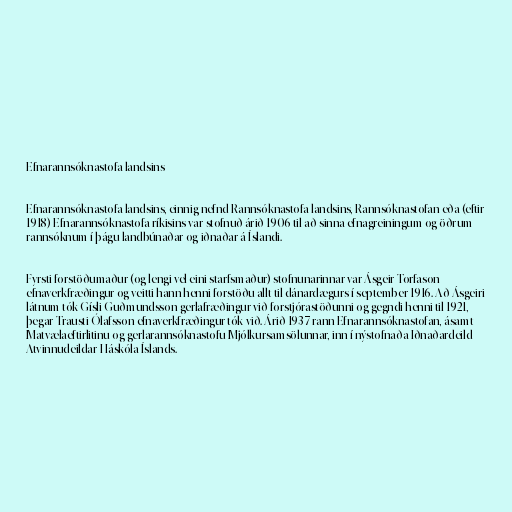
Efnarannsóknastofa landsins

Efnarannsóknastofa landsins, einnig nefnd Rannsóknastofa landsins, Rannsóknastofan eða (eftir
1918) Efnarannsóknastofa ríkisins var stofnuð árið 1906 til að sinna efnagreiningum og öðrum
rannsóknum í þágu landbúnaðar og iðnaðar á Íslandi.

Fyrsti forstöðumaður (og lengi vel eini starfsmaður) stofnunarinnar var Ásgeir Torfason
efnaverkfræðingur og veitti hann henni forstöðu allt til dánardægurs í september 1916. Að Ásgeiri
látnum tók Gísli Guðmundsson gerlafræðingur við forstjórastöðunni og gegndi henni til 1921,
þegar Trausti Ólafsson efnaverkfræðingur tók við. Árið 1937 rann Efnarannsóknastofan, ásamt
Matvælaeftirlitinu og gerlarannsóknastofu Mjólkursamsölunnar, inn í nýstofnaða Iðnaðardeild
Atvinnudeildar Háskóla Íslands.